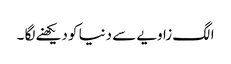
الگ زاویے سے دنیا کو دیکھنے لگا ۔